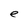
Character: e